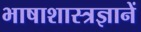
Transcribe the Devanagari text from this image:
भाषाशास्त्रज्ञानें